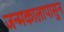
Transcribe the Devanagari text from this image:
जन्मकालापासुन